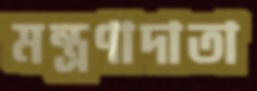
মন্ত্রণাদাতা